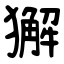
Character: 獬